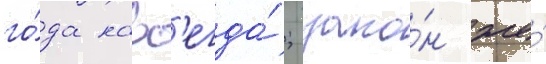
го́да навс'егда́; зако́н же́